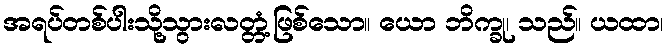
အရပ်တစ်ပါးသို့သွားလတ္တံ့ဖြစ်သော။ ယော ဘိက္ခု၊ သည်။ ယထာ၊